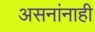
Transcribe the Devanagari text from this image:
असनांनाही